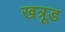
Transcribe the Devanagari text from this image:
खत्रूड